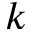
k